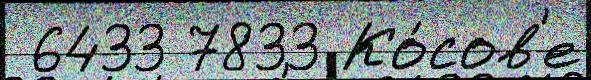
 6433 7833 Ко́сов'е